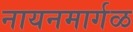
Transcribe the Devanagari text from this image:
नायनमार्गळ